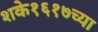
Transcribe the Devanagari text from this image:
शके१६१७च्या